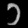
Digit: ၁